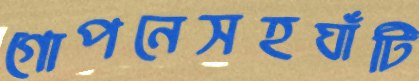
গোপনেসহঘাঁটি